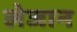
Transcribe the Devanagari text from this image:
लेजान